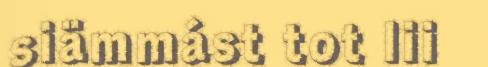
siämmást tot lii